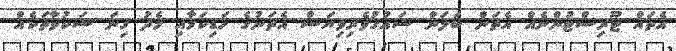
އެތައް ޓޫރިސްޓުންނެއް އެތަން ބަލަން ޝައުގުވެރިވިޔަސް އެތަނުގެ ހަޑިކަމާއި މެދު ގިނަ ޝަކުވާތަކެއް